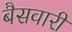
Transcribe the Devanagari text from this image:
बैसवारी